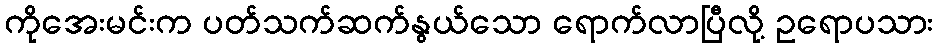
ကိုအေးမင်းက ပတ်သက်ဆက်နွယ်သော ရောက်လာပြီလို့ ဥရောပသား